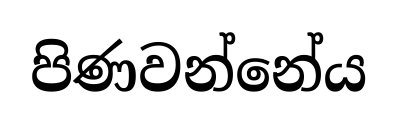
පිණවන්නේය